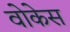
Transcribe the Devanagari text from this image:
वोकेस